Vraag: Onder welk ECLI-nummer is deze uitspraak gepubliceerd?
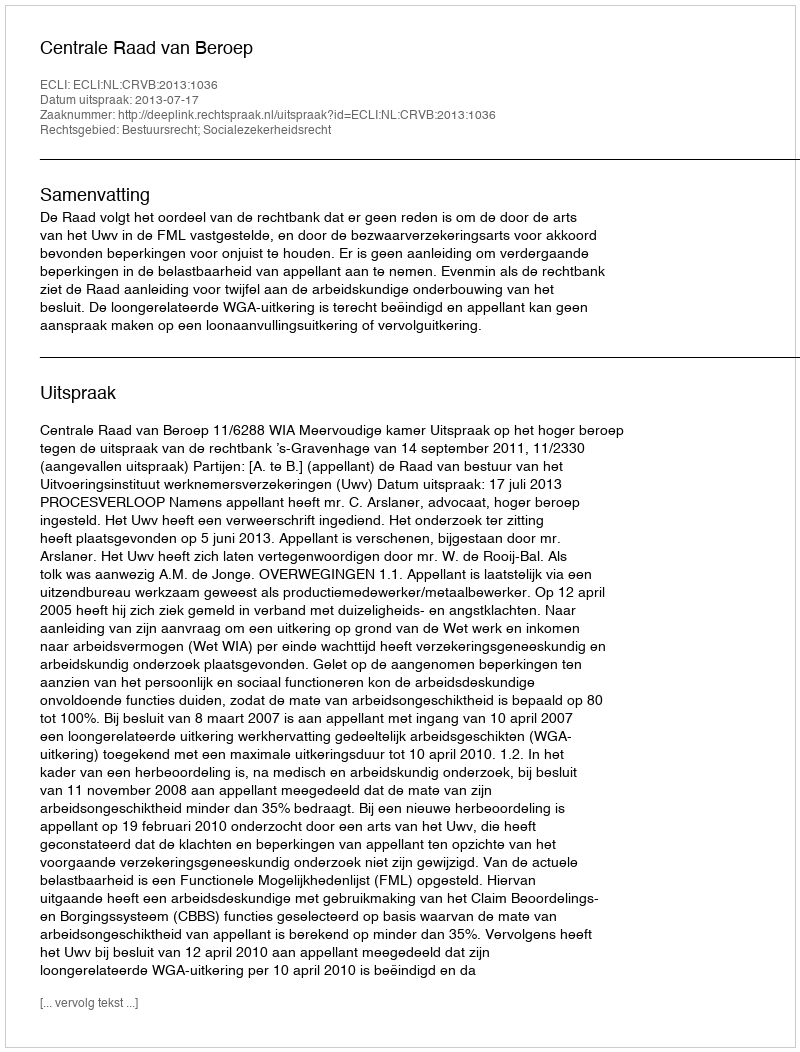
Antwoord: ECLI:NL:CRVB:2013:1036